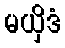
မယှိဒံ